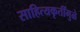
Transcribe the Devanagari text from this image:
साहित्यकृतींमुळे